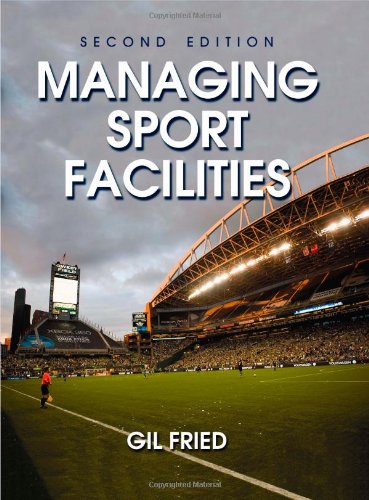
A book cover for Managing Sport Facilities - 2nd Edition; Gil Fried; Business & Money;